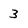
Character: 3